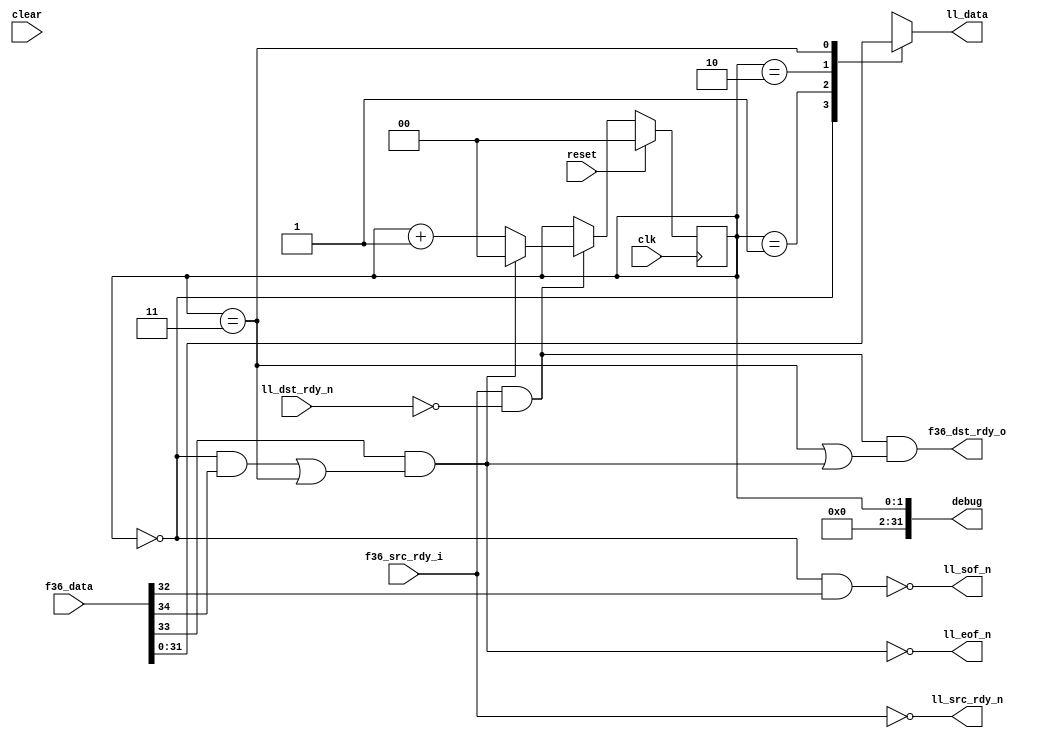

module fifo36_to_ll8
  (input clk, input reset, input clear,
   input [35:0] f36_data,
   input f36_src_rdy_i,
   output f36_dst_rdy_o,

   output reg [7:0] ll_data,
   output ll_sof_n,
   output ll_eof_n,
   output ll_src_rdy_n,
   input ll_dst_rdy_n,

   output [31:0] debug);

   wire  ll_sof, ll_eof, ll_src_rdy;
   assign ll_sof_n = ~ll_sof;
   assign ll_eof_n = ~ll_eof;
   assign ll_src_rdy_n = ~ll_src_rdy;
   wire ll_dst_rdy = ~ll_dst_rdy_n;

   wire   f36_sof = f36_data[32];
   wire   f36_eof = f36_data[33];
   wire   f36_occ = f36_data[35:34];
   wire advance, end_early;
   reg [1:0] state;
   assign debug    = {29'b0,state};

   always @(posedge clk)
     if(reset)
       state 	  <= 0;
     else
       if(advance)
	 if(ll_eof)
	   state  <= 0;
	 else
	   state  <= state + 1;

   always @*
     case(state)
       0 : ll_data = f36_data[31:24];
       1 : ll_data = f36_data[23:16];
       2 : ll_data = f36_data[15:8];
       3 : ll_data = f36_data[7:0];
       default : ll_data = f36_data[31:24];
       endcase // case (state)
   
   assign ll_sof 	 = (state==0) & f36_sof;
   assign ll_eof 	 = f36_eof & (((state==0)&(f36_occ==1)) |
			       ((state==1)&(f36_occ==2)) |
			       ((state==2)&(f36_occ==3)) |
			       (state==3));
   
   assign ll_src_rdy 	 = f36_src_rdy_i;

   assign advance 	 = ll_src_rdy & ll_dst_rdy;
   assign f36_dst_rdy_o  = advance & ((state==3)|ll_eof);
   
endmodule // ll8_to_fifo36